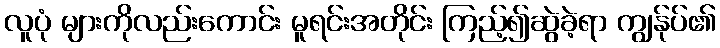
လူပုံ များကိုလည်းကောင်း မူရင်းအတိုင်း ကြည့်၍ဆွဲခဲ့ရာ ကျွန်ုပ်၏